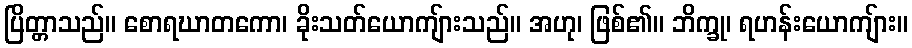
ပြိတ္တာသည်။ စောရဃာတကော၊ ခိုးသတ်ယောကျ်ားသည်။ အဟု၊ ဖြစ်၏။ ဘိက္ခု၊ ရဟန်းယောကျ်ား။